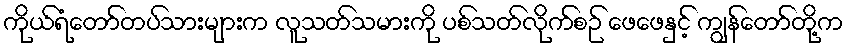
ကိုယ်ရံတော်တပ်သားများက လူသတ်သမားကို ပစ်သတ်လိုက်စဉ် ဖေဖေနှင့် ကျွန်တော်တို့က